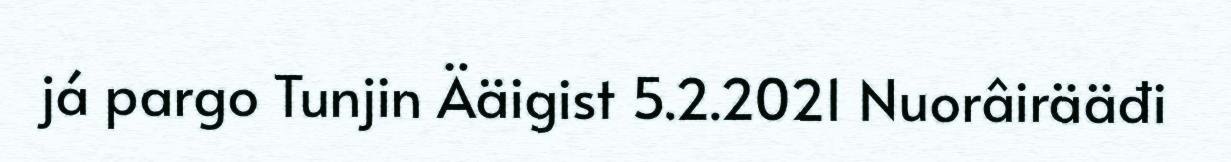
já pargo Tunjin Ääigist 5.2.2021 Nuorâirääđi